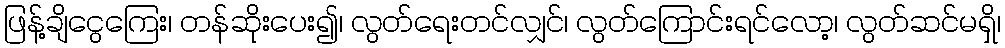
ဖြန့်ချိငွေကြေး၊ တန်ဆိုးပေး၍၊ လွတ်ရေးတင်လျှင်၊ လွတ်ကြောင်းရင်လော့၊ လွတ်ဆင်မရှိ၊